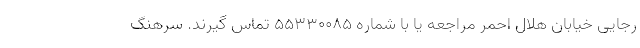
رجایی خیابان هلال احمر مراجعه یا با شماره ۵۵۳۳۰۰۸۵ تماس گیرند. سرهنگ